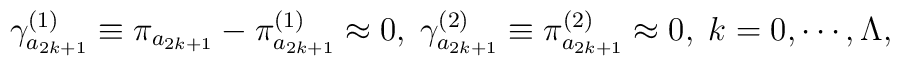
\gamma _{a_{2k+1}}^{(1)}\equiv \pi _{a_{2k+1}}-\pi _{a_{2k+1}}^{(1)}\approx0,\;\gamma _{a_{2k+1}}^{(2)}\equiv \pi _{a_{2k+1}}^{(2)}\approx0,\;k=0,\cdots ,\Lambda ,